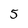
Character: 5